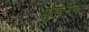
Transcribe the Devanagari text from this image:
सत्तातरानंतर